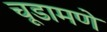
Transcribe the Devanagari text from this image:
चूडामणे